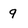
Character: 9